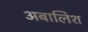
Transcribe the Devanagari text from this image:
अबालिश